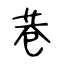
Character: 巷